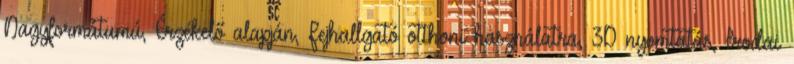
Nagyformátumú, Érzékelő alapján, Fejhallgató otthoni használatra, 3D nyomtatás, Irodai